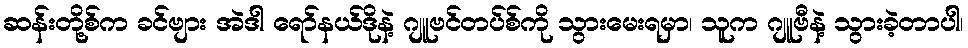
ဆန်းတို့စ်က ခင်ဗျား အဲဒါ ရော်နယ်ဒိုနဲ့ ဂျူဗင်တပ်စ်ကို သွားမေးရမှာ၊ သူက ဂျူဗီနဲ့ သွားခဲ့တာပါ၊